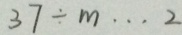
3 7 \div m \cdots 2